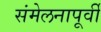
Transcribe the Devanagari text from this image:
संमेलनापूर्वी